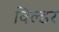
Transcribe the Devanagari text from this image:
विल्डर